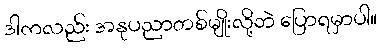
ဒါကလည်း အနုပညာတစ်မျိုးလို့ဘဲ ပြောရမှာပါ။